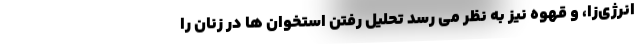
انرژی‌زا، و قهوه نیز به نظر می رسد تحلیل رفتن استخوان ها در زنان را